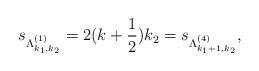
LaTeX: \begin{align*}s_{\Lambda^{(1)}_{k_1,k_2}}=2(k+\frac{1}{2})k_2 = s_{\Lambda^{(4)}_{k_1+1,k_2}},\end{align*}